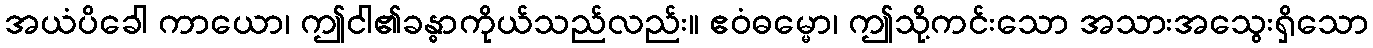
အယံပိခေါ ကာယော၊ ဤငါ၏ခန္ဓာကိုယ်သည်လည်း။ ဧဝံဓမ္မော၊ ဤသို့ကင်းသော အသားအသွေးရှိသော